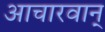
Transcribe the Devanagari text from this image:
आचारवान्